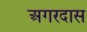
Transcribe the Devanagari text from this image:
अगरदास